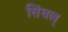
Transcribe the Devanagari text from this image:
सिंघल्